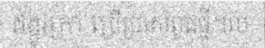
ដង្កូវក្រា ប្រើប្រាស់ពូជថ្មី។ល